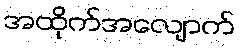
အထိုက်အလျောက်